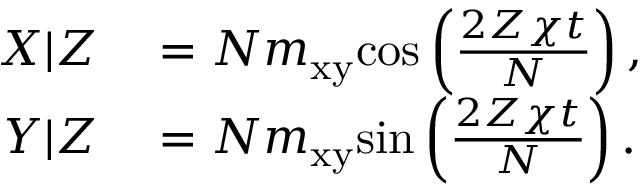
\begin{array} { r l } { X | Z } & { { } = N m _ { \mathrm { x y } } \mathrm { c o s } \left( \frac { 2 Z \chi t } { N } \right) , } \\ { Y | Z } & { { } = N m _ { \mathrm { x y } } \mathrm { s i n } \left( \frac { 2 Z \chi t } { N } \right) . } \end{array}